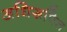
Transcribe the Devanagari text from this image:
अधिरूपित